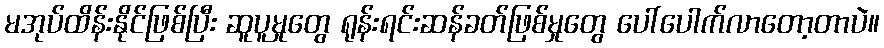
မအုပ်ထိန်းနိုင်ဖြစ်ပြီး ဆူပူမှုတွေ ရုန်းရင်းဆန်ခတ်ဖြစ်မှုတွေ ပေါ်ပေါက်လာတော့တာပဲ။